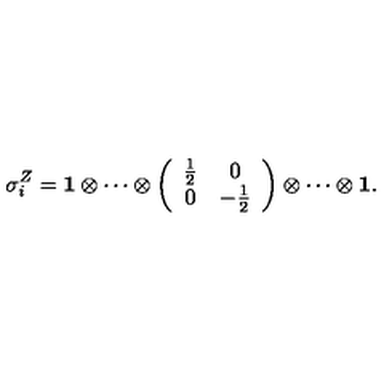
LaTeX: \sigma _ { i } ^ { Z } = { \bf 1 } \otimes \cdots \otimes \left( \begin{array} { c c } { \frac { 1 } { 2 } } & { 0 } \\ { 0 } & { - \frac { 1 } { 2 } } \\ \end{array} \right) \otimes \cdots \otimes { \bf 1 } .